Report of the Indian Hemp Drugs Commission, 1894-1895 - Volume V
Year: 1894
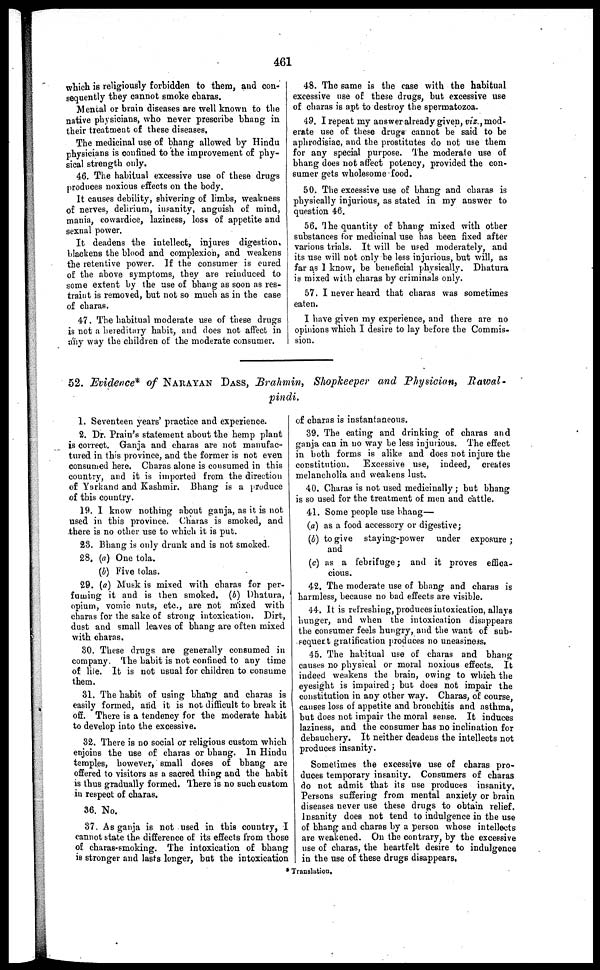
461
which is religiously forbidden to them, and con-
sequently they cannot smoke charas.
Mental or brain diseases are well known to the
native physicians, who never prescribe bhang in
their treatment of these diseases.
The medicinal use of bhang allowed by Hindu
physicians is confined to the improvement of phy-
sical strength only.
46. The habitual excessive use of these drugs
produces noxious effects on the body.
It causes debility, shivering of limbs, weakness
of nerves, delirium, insanity, anguish of mind,
mania, cowardice, laziness, loss of appetite and
sexnal power.
It deadens the intellect, injures digestion,
blackens the blood and complexion, and weakens
the retentive power. If the consumer is cured
of the above symptoms, they are reinduced to
some extent by the use of bhang as soon as res-
traint is removed, but not so much as in the case
of charas.
47. The habitual moderate use of these drugs
is not a hereditary habit, and does not affect in
any way the children of the moderate consumer.
48. The same is the case with the habitual
excessive use of these drugs, but excessive use
of charas is apt to destroy the spermatozoa.
49. I repeat my answer already given, viz., mod-
erate use of these drugs cannot be said to be
aphrodisiac, and the prostitutes do not use them
for any special purpose. The moderate use of
bhang does not affect potency, provided the con-
sumer gets wholesome food.
50. The excessive use of bhang and charas is
physically injurious, as stated in my answer to
question 46.
56. The quantity of bhang mixed with other
substances for medicinal use has been fixed after
various trials. It will be used moderately, and
its use will not only be less injurious, but will, as
far as I know, be beneficial physically. Dhatura
is mixed with charas by criminals only.
57. I never heard that charas was sometimes
eaten.
I have given my experience, and there are no
opinions which I desire to lay before the Commis-
sion.
52. Evidence* of NARAYAN DASS, Brahmin, Shopkeeper and Physician,
Rawal-
pindi.
1. Seventeen years' practice and experience.
2. Dr. Plain's statement about the hemp plant
is correct. Ganja and charas are not manufac-
tured in this province, and the former is not even
consumed here. Charas alone is consumed in this
country, and it is imported from the direction
of Yarkand and Kashmir. Bhang is a produce
of this country.
19. I know nothing about ganja, as it is not
used in this province. Charas is smoked, and
there is no other use to which it is put.
23. Bhang is only drunk and is not smoked.
28. (a) One tola.
(b) Five tolas.
29. (a) Musk is mixed with charas for per-
fuming it and is then smoked. (b) Dhatura,
opium, vomic nuts, etc., are not mixed with
charas for the sake of strong intoxication. Dirt,
dust and small leaves of bhang are often mixed
with charas.
30. These drugs are generally consumed in
company. The habit is not confined to any time
of life. It is not usual for children to consume
them.
31. The habit of using bhang and charas is
easily formed, and it is not difficult to break it
off. There is a tendency for the moderate habit
to develop into the excessive.
32. There is no social or religious custom which
enjoins the use of charas or bhang. In Hindu
temples, however, small doses of bhang are
offered to visitors as a sacred thing and the habit
is thus gradually formed. There is no such custom
in respect of charas.
36. No.
37. As ganja is not used in this country, I
cannot state the difference of its effects from those
of charas-smoking. The intoxication of bhang
is stronger and lasts longer, but the intoxication
of charas is instantaneous.
39. The eating and drinking of charas and
ganja can in no way be less injurious. The effect
in both forms is alike and does not injure the
constitution.
Excessive use, indeed, creates
melancholia and weakens lust.
40. Charas is not used medicinally; but bhang
is so used for the treatment of men and cattle.
41. Some people use bhang—
(a) as a food accessory or digestive;
(b) to give staying-power under exposure;
and
(c) as a febrifuge; and it proves effica-
cious.
42. The moderate use of bhang and charas is
harmless, because no bad effects are visible.
44. It is refreshing, produces intoxication, allays
hunger, and when the intoxication disappears
the consumer feels hungry, and the want of sub-
sequent gratification produces no uneasiness.
45. The habitual use of charas and bhang
causes no physical or moral noxious effects. It
indeed weakens the brain, owing to which the
eyesight is impaired; but does not impair the
constitution in any other way. Charas, of course,
causes loss of appetite and bronchitis and asthma,
but does not impair the moral sense. It induces
laziness, and the consumer has no inclination for
debauchery. It neither deadens the intellects not
produces insanity.
Sometimes the excessive use of charas pro-
duces temporary insanity. Consumers of charas
do not admit that its use produces insanity.
Persons suffering from mental anxiety or brain
diseases never use these drugs to obtain relief.
Insanity does not tend to indulgence in the use
of bhang and charas by a person whose intellects
are weakened. On the contrary, by the excessive
use of charas, the heartfelt desire to indulgence
in the use of these drugs disappears.
* Translation.